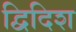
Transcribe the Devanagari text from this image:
द्विदिश